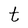
Character: t